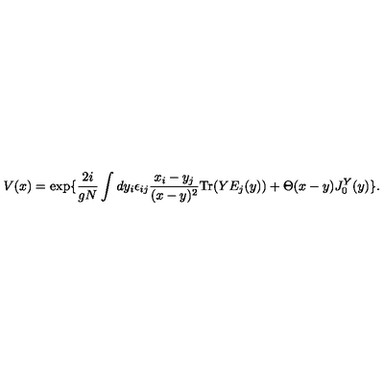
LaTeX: V ( x ) = \exp \{ { \frac { 2 i } { g N } } \int d y _ { i } \epsilon _ { i j } { \frac { x _ { i } - y _ { j } } { ( x - y ) ^ { 2 } } } \mathrm { T r } ( Y E _ { j } ( y ) ) + \Theta ( x - y ) J _ { 0 } ^ { Y } ( y ) \} .